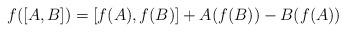
LaTeX: \begin{align*}f([A,B]) = [f(A),f(B)] + A(f(B)) - B(f(A))\end{align*}